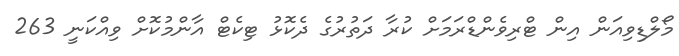
މޯލްޑިވިއަން އިން ޓްރިވެންޑްރަމަށް ކުރާ ދަތުރުގެ ދެކޮޅު ޓިކެޓް އާންމުކޮށް ވިއްކަނީ 263